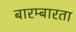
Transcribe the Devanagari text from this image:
बारम्‍बारता